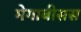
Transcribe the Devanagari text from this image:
मेगाबीसस